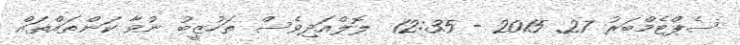
ސެޕްޓެމްބަރު 27